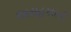
અસહકારની